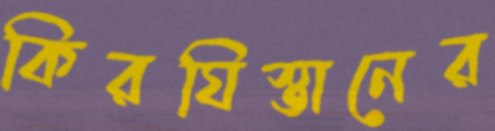
কিরঘিস্তানের